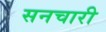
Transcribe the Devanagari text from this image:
सनचारी